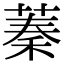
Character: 蓁